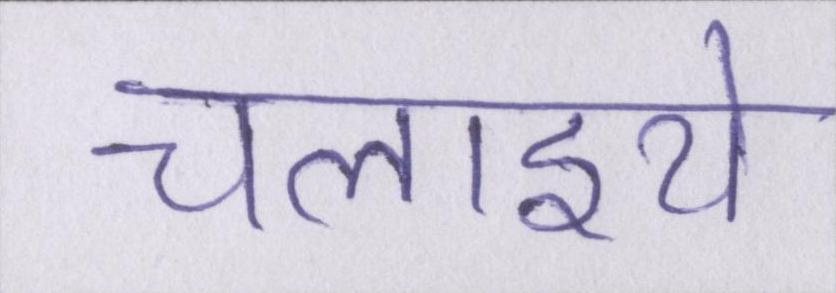
चलाइये